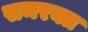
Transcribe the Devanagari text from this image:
समरक्त